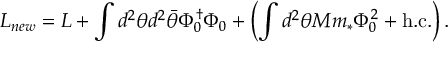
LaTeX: { \cal L } _ { n e w } = { \cal L } + \int d ^ { 2 } \theta d ^ { 2 } \bar { \theta } \Phi _ { 0 } ^ { \dagger } \Phi _ { 0 } + \left( \int d ^ { 2 } \theta M m _ { * } \Phi _ { 0 } ^ { 2 } + \mathrm { h . c . } \right) . \nonumber